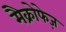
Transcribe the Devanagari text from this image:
मैक्रोफेज़